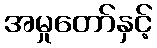
အမှုတော်နှင့်